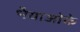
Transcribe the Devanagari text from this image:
भैयाओके